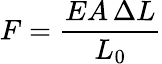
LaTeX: F={\frac{EA\, \Delta L}{L_{0}}}